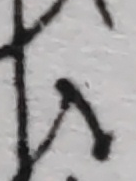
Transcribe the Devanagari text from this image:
ज्ञ